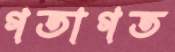
গতাগত